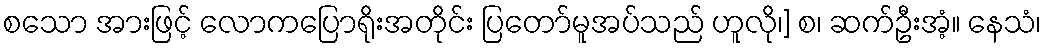
စသော အားဖြင့် လောကပြောရိုးအတိုင်း ပြတော်မူအပ်သည် ဟူလို၊] စ၊ ဆက်ဦးအံ့။ နေသံ၊